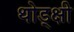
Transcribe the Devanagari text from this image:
थोड्क्षी